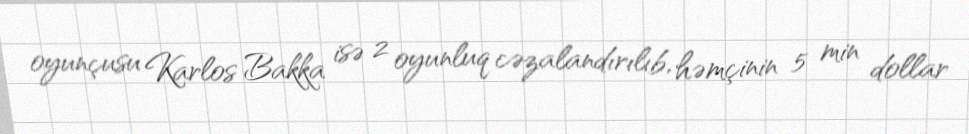
oyunçusu Karlos Bakka isə 2 oyunluq cəzalandırılıb, həmçinin 5 min dollar